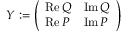
Y : = \left( \begin{array} { l l } { \operatorname { R e } Q } & { \operatorname { I m } Q } \\ { \operatorname { R e } P } & { \operatorname { I m } P } \end{array} \right)